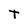
Character: T